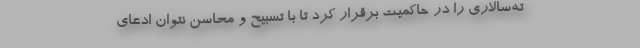
ته‌سالاری را در حاکمیت برقرار کرد تا با تسبیح و محاسن نتوان ادعای